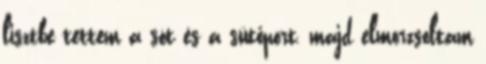
lisztbe tettem a sót és a sütőport, majd elmorzsoltam